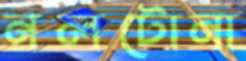
নলটোনা